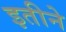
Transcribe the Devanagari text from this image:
इतीने